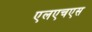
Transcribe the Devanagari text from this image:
एलएचएस